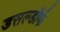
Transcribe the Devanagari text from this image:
डसल्डॉर्फ